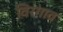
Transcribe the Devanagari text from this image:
विरगाव